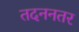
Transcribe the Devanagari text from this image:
तदननतर